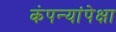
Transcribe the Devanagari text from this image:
कंपन्यांपेक्षा